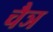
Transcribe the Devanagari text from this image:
चैञ